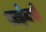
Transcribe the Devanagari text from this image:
वाईनचे